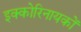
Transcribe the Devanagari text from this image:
इक्कोरिनायकों